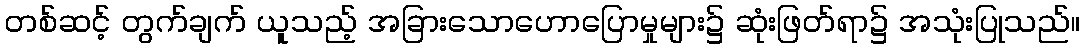
တစ်ဆင့် တွက်ချက် ယူသည့် အခြားသောဟောပြောမှုများ၌ ဆုံးဖြတ်ရာ၌ အသုံးပြုသည်။